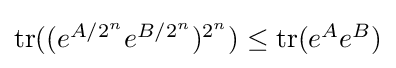
{\textstyle \operatorname {tr} ((e^{A/2^{n}}e^{B/2^{n}})^{2^{n}})\leq \operatorname {tr} (e^{A}e^{B})}